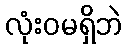
လုံးဝမရှိဘဲ